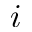
i